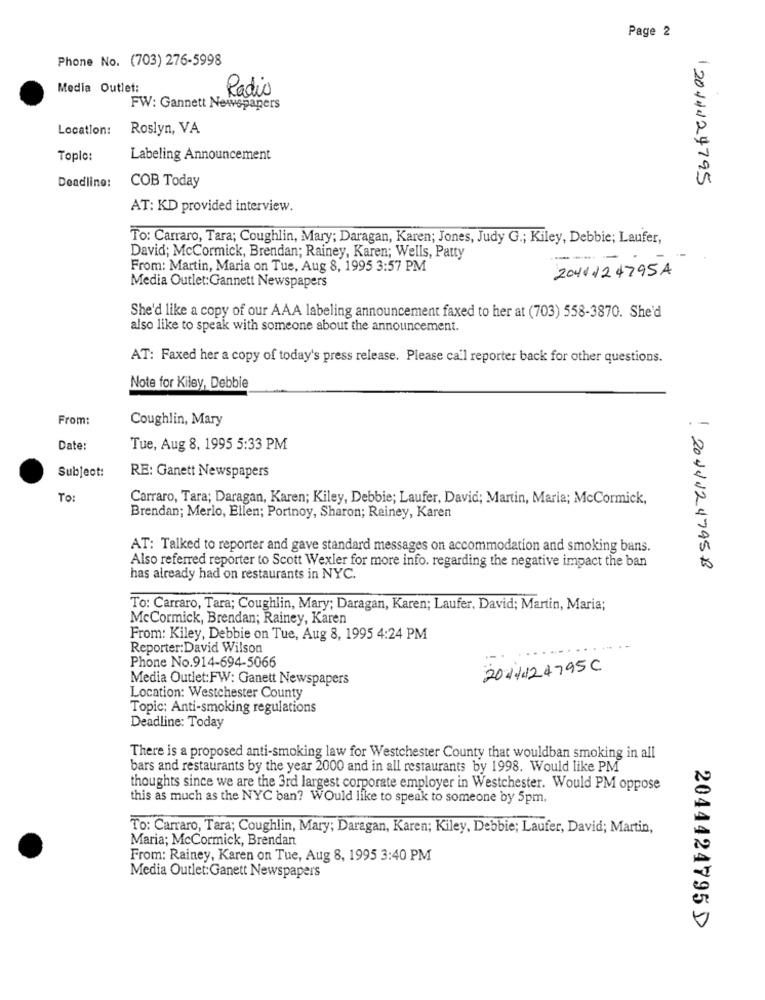
Page 2
Phone No. (703) 276-5998
Media Outlet:
Radio
FW: Gannett Newspapers
Location:
Roslyn, VA
Toplo:
Labeling Announcement
2014124795
Deadline:
COB Today
AT: KD provided interview.
To: Carraro, Tara; Coughlin, Mary; Daragan, Karen; Jones, Judy G .; Kiley, Debbie; Laufer,
David; McCormick, Brendan; Rainey, Karen; Wells, Patty
-
From: Martin, Maria on Tue, Aug 8, 1995 3:57 PM
2041124795A
Media Outlet:Gannett Newspapers
She'd like a copy of our AAA labeling announcement faxed to her at (703) 558-3870. She'd
also like to speak with someone about the announcement.
AT: Faxed her a copy of today's press release. Please call reporter back for other questions.
Note for Kiley, Debbie
From:
Coughlin, Mary
Date:
Tue, Aug 8. 1995 5:33 PM
Subject:
RE: Ganett Newspapers
To:
Carraro, Tara; Daragan, Karen; Kiley, Debbie; Laufer, David; Martin, Maria; McCormick,
Brendan; Merlo, Ellen; Portnoy, Sharon; Rainey, Karen
AT: Talked to reporter and gave standard messages on accommodation and smoking bans.
Also referred reporter to Scott Wexler for more info. regarding the negative impact the ban
! 2044124795B
has already had on restaurants in NYC.
To: Carraro, Tara; Coughlin, Mary; Daragan, Karen; Laufer, David; Martin, Maria;
McCormick, Brendan; Rainey, Karen
From: Kiley, Debbie on Tue, Aug 8, 1995 4:24 PM
Reporter:David Wilson
Phone No.914-694-5066
2024424795C
Media Outlet:FW: Ganett Newspapers
Location: Westchester County
Topic: Anti-smoking regulations
Deadline: Today
There is a proposed anti-smoking law for Westchester County that wouldban smoking in all
bars and restaurants by the year 2000 and in all restaurants by 1998. Would like PM
thoughts since we are the 3rd largest corporate employer in Westchester. Would PM oppose
this as much as the NYC ban? Would like to speak to someone by 5pm.
To: Carraro, Tara; Coughlin, Mary; Daragan, Karen; Kiley, Debbie; Laufer, David; Martin,
Maria; McCormick, Brendan
From: Rainey, Karen on Tue, Aug 8, 1995 3:40 PM
Media Outlet:Ganett Newspapers
2044424795 D